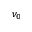
\nu _ { 0 }